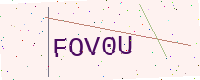
Text: FOV0U